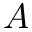
A